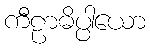
ကီဠာဓိပ္ပါယော